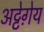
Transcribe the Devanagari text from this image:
अट्टेग़ेय